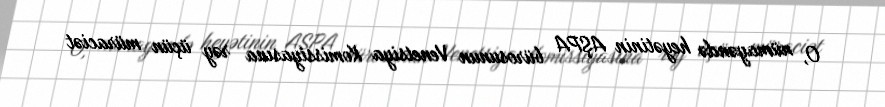
O, nümayəndə heyətinin AŞPA bürosunun Venetsiya Komissiyasına rəy üçün müraciət